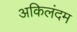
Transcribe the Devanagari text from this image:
अकिलंदम